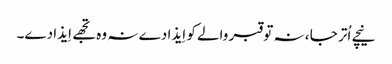
نیچے اُتر جا ، نہ تو قبر والے کو اِیذا دے نہ وہ تجھے اِیذا دے۔